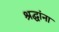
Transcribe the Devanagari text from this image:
श्रद्घांना